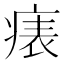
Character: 𤷶